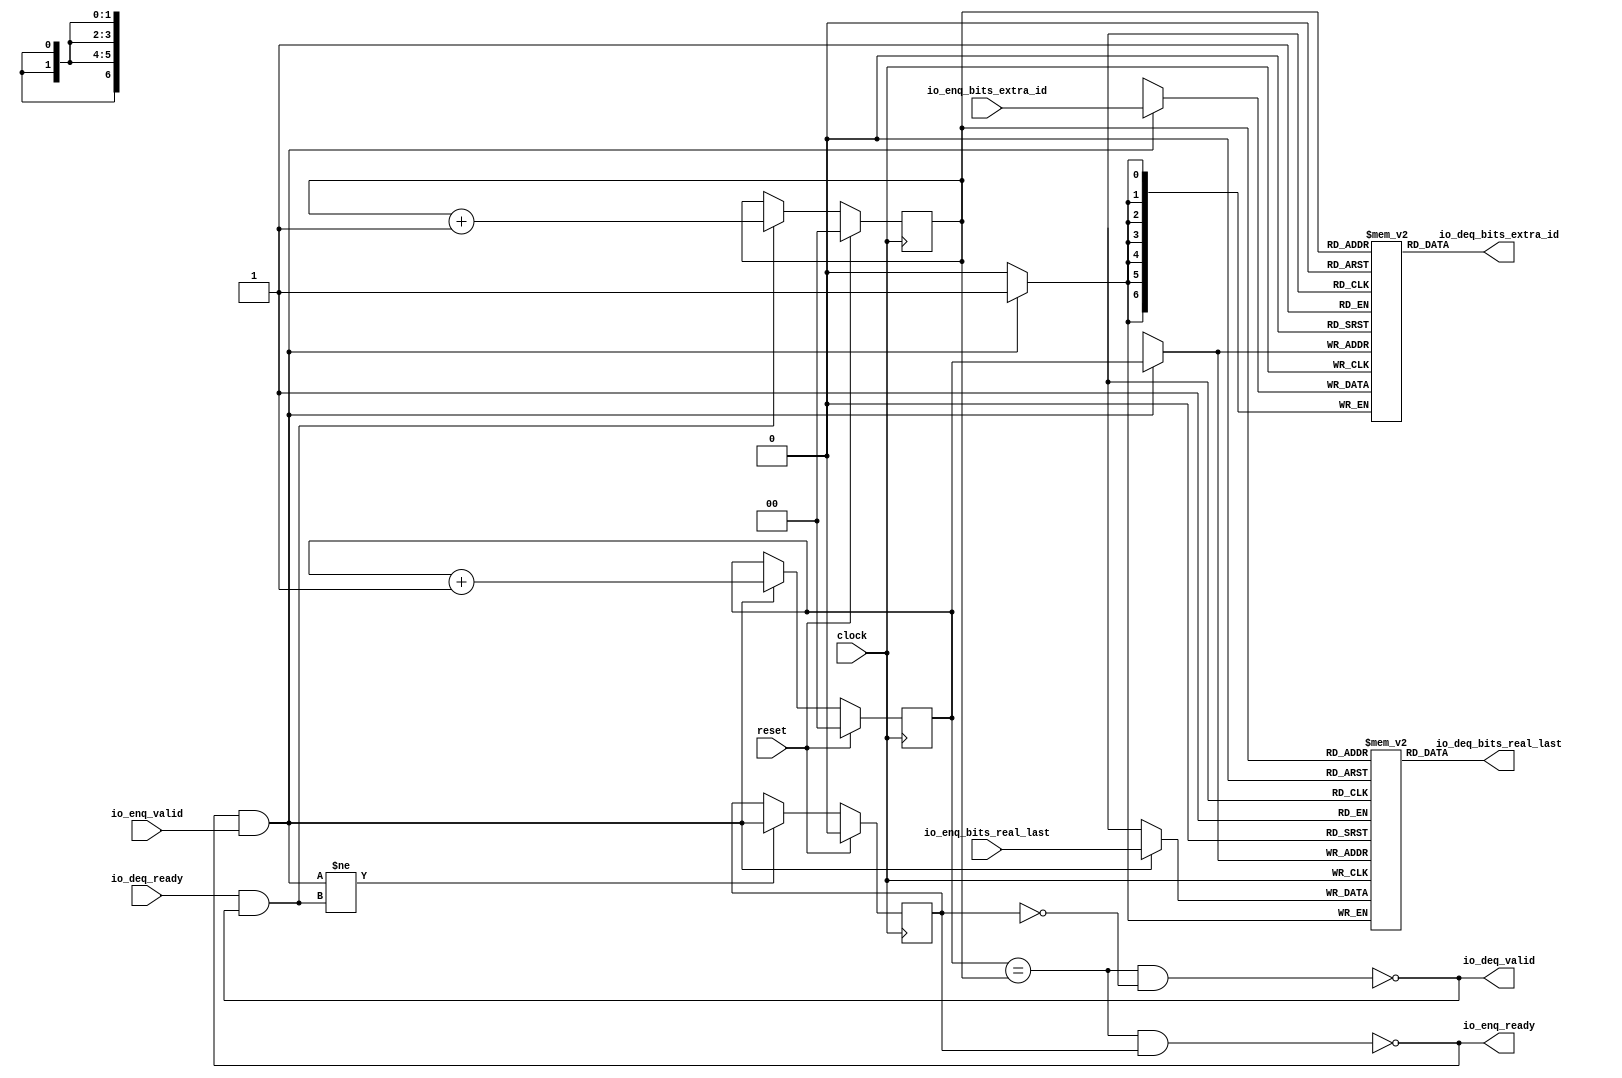
module QueueCompatibility_10(
  input        clock,
  input        reset,
  output       io_enq_ready,
  input        io_enq_valid,
  input  [6:0] io_enq_bits_extra_id,
  input        io_enq_bits_real_last,
  input        io_deq_ready,
  output       io_deq_valid,
  output [6:0] io_deq_bits_extra_id,
  output       io_deq_bits_real_last
);
`ifdef RANDOMIZE_MEM_INIT
  reg [31:0] _RAND_0;
  reg [31:0] _RAND_1;
`endif // RANDOMIZE_MEM_INIT
`ifdef RANDOMIZE_REG_INIT
  reg [31:0] _RAND_2;
  reg [31:0] _RAND_3;
  reg [31:0] _RAND_4;
`endif // RANDOMIZE_REG_INIT
  reg [6:0] ram_extra_id [0:3]; // @[Decoupled.scala 259:95]
  wire  ram_extra_id_io_deq_bits_MPORT_en; // @[Decoupled.scala 259:95]
  wire [1:0] ram_extra_id_io_deq_bits_MPORT_addr; // @[Decoupled.scala 259:95]
  wire [6:0] ram_extra_id_io_deq_bits_MPORT_data; // @[Decoupled.scala 259:95]
  wire [6:0] ram_extra_id_MPORT_data; // @[Decoupled.scala 259:95]
  wire [1:0] ram_extra_id_MPORT_addr; // @[Decoupled.scala 259:95]
  wire  ram_extra_id_MPORT_mask; // @[Decoupled.scala 259:95]
  wire  ram_extra_id_MPORT_en; // @[Decoupled.scala 259:95]
  reg  ram_real_last [0:3]; // @[Decoupled.scala 259:95]
  wire  ram_real_last_io_deq_bits_MPORT_en; // @[Decoupled.scala 259:95]
  wire [1:0] ram_real_last_io_deq_bits_MPORT_addr; // @[Decoupled.scala 259:95]
  wire  ram_real_last_io_deq_bits_MPORT_data; // @[Decoupled.scala 259:95]
  wire  ram_real_last_MPORT_data; // @[Decoupled.scala 259:95]
  wire [1:0] ram_real_last_MPORT_addr; // @[Decoupled.scala 259:95]
  wire  ram_real_last_MPORT_mask; // @[Decoupled.scala 259:95]
  wire  ram_real_last_MPORT_en; // @[Decoupled.scala 259:95]
  reg [1:0] enq_ptr_value; // @[Counter.scala 62:40]
  reg [1:0] deq_ptr_value; // @[Counter.scala 62:40]
  reg  maybe_full; // @[Decoupled.scala 262:27]
  wire  ptr_match = enq_ptr_value == deq_ptr_value; // @[Decoupled.scala 263:33]
  wire  empty = ptr_match & ~maybe_full; // @[Decoupled.scala 264:25]
  wire  full = ptr_match & maybe_full; // @[Decoupled.scala 265:24]
  wire  do_enq = io_enq_ready & io_enq_valid; // @[Decoupled.scala 50:35]
  wire  do_deq = io_deq_ready & io_deq_valid; // @[Decoupled.scala 50:35]
  wire [1:0] _value_T_1 = enq_ptr_value + 2'h1; // @[Counter.scala 78:24]
  wire [1:0] _value_T_3 = deq_ptr_value + 2'h1; // @[Counter.scala 78:24]
  assign ram_extra_id_io_deq_bits_MPORT_en = 1'h1;
  assign ram_extra_id_io_deq_bits_MPORT_addr = deq_ptr_value;
  assign ram_extra_id_io_deq_bits_MPORT_data = ram_extra_id[ram_extra_id_io_deq_bits_MPORT_addr]; // @[Decoupled.scala 259:95]
  assign ram_extra_id_MPORT_data = io_enq_bits_extra_id;
  assign ram_extra_id_MPORT_addr = enq_ptr_value;
  assign ram_extra_id_MPORT_mask = 1'h1;
  assign ram_extra_id_MPORT_en = io_enq_ready & io_enq_valid;
  assign ram_real_last_io_deq_bits_MPORT_en = 1'h1;
  assign ram_real_last_io_deq_bits_MPORT_addr = deq_ptr_value;
  assign ram_real_last_io_deq_bits_MPORT_data = ram_real_last[ram_real_last_io_deq_bits_MPORT_addr]; // @[Decoupled.scala 259:95]
  assign ram_real_last_MPORT_data = io_enq_bits_real_last;
  assign ram_real_last_MPORT_addr = enq_ptr_value;
  assign ram_real_last_MPORT_mask = 1'h1;
  assign ram_real_last_MPORT_en = io_enq_ready & io_enq_valid;
  assign io_enq_ready = ~full; // @[Decoupled.scala 289:19]
  assign io_deq_valid = ~empty; // @[Decoupled.scala 288:19]
  assign io_deq_bits_extra_id = ram_extra_id_io_deq_bits_MPORT_data; // @[Decoupled.scala 296:17]
  assign io_deq_bits_real_last = ram_real_last_io_deq_bits_MPORT_data; // @[Decoupled.scala 296:17]
  always @(posedge clock) begin
    if (ram_extra_id_MPORT_en & ram_extra_id_MPORT_mask) begin
      ram_extra_id[ram_extra_id_MPORT_addr] <= ram_extra_id_MPORT_data; // @[Decoupled.scala 259:95]
    end
    if (ram_real_last_MPORT_en & ram_real_last_MPORT_mask) begin
      ram_real_last[ram_real_last_MPORT_addr] <= ram_real_last_MPORT_data; // @[Decoupled.scala 259:95]
    end
    if (reset) begin // @[Counter.scala 62:40]
      enq_ptr_value <= 2'h0; // @[Counter.scala 62:40]
    end else if (do_enq) begin // @[Decoupled.scala 272:16]
      enq_ptr_value <= _value_T_1; // @[Counter.scala 78:15]
    end
    if (reset) begin // @[Counter.scala 62:40]
      deq_ptr_value <= 2'h0; // @[Counter.scala 62:40]
    end else if (do_deq) begin // @[Decoupled.scala 276:16]
      deq_ptr_value <= _value_T_3; // @[Counter.scala 78:15]
    end
    if (reset) begin // @[Decoupled.scala 262:27]
      maybe_full <= 1'h0; // @[Decoupled.scala 262:27]
    end else if (do_enq != do_deq) begin // @[Decoupled.scala 279:27]
      maybe_full <= do_enq; // @[Decoupled.scala 280:16]
    end
  end
// Register and memory initialization
`ifdef RANDOMIZE_GARBAGE_ASSIGN
`define RANDOMIZE
`endif
`ifdef RANDOMIZE_INVALID_ASSIGN
`define RANDOMIZE
`endif
`ifdef RANDOMIZE_REG_INIT
`define RANDOMIZE
`endif
`ifdef RANDOMIZE_MEM_INIT
`define RANDOMIZE
`endif
`ifndef RANDOM
`define RANDOM $random
`endif
`ifdef RANDOMIZE_MEM_INIT
  integer initvar;
`endif
`ifndef SYNTHESIS
`ifdef FIRRTL_BEFORE_INITIAL
`FIRRTL_BEFORE_INITIAL
`endif
initial begin
  `ifdef RANDOMIZE
    `ifdef INIT_RANDOM
      `INIT_RANDOM
    `endif
    `ifndef VERILATOR
      `ifdef RANDOMIZE_DELAY
        #`RANDOMIZE_DELAY begin end
      `else
        #0.002 begin end
      `endif
    `endif
`ifdef RANDOMIZE_MEM_INIT
  _RAND_0 = {1{`RANDOM}};
  for (initvar = 0; initvar < 4; initvar = initvar+1)
    ram_extra_id[initvar] = _RAND_0[6:0];
  _RAND_1 = {1{`RANDOM}};
  for (initvar = 0; initvar < 4; initvar = initvar+1)
    ram_real_last[initvar] = _RAND_1[0:0];
`endif // RANDOMIZE_MEM_INIT
`ifdef RANDOMIZE_REG_INIT
  _RAND_2 = {1{`RANDOM}};
  enq_ptr_value = _RAND_2[1:0];
  _RAND_3 = {1{`RANDOM}};
  deq_ptr_value = _RAND_3[1:0];
  _RAND_4 = {1{`RANDOM}};
  maybe_full = _RAND_4[0:0];
`endif // RANDOMIZE_REG_INIT
  `endif // RANDOMIZE
end // initial
`ifdef FIRRTL_AFTER_INITIAL
`FIRRTL_AFTER_INITIAL
`endif
`endif // SYNTHESIS
endmodule